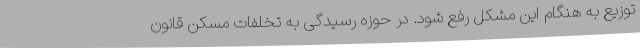
توزیع به هنگام این مشکل رفع شود. در حوزه رسیدگی به تخلفات مسکن قانون